Bombay plague: being a history of the progress of plague in the Bombay presidency from September 1896 to June 1899
Year: 1896
Disease focus: Plague
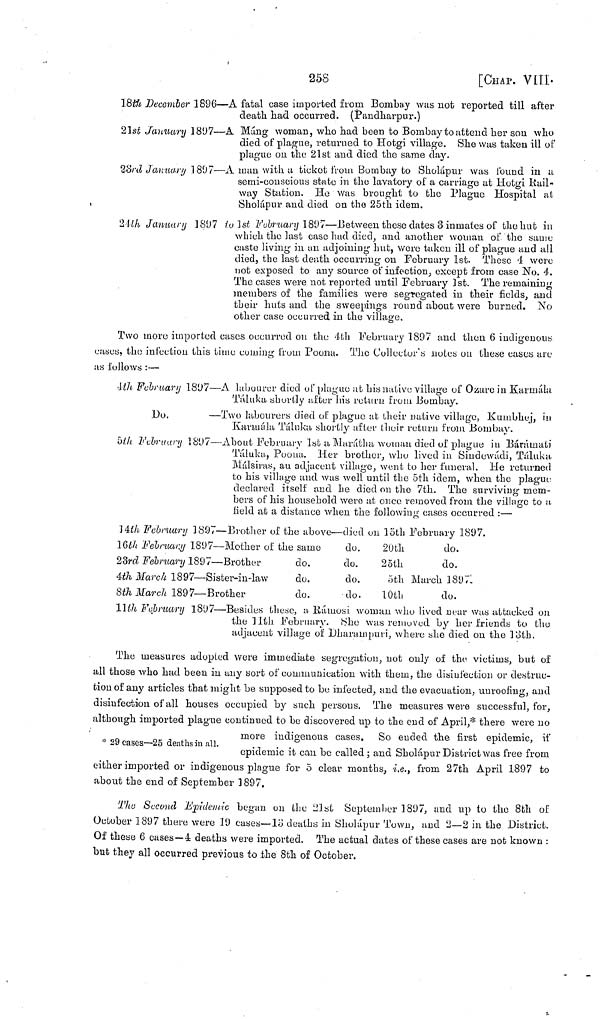
258
[CHAP. VIII·
18th December 1896—A fatal case imported from Bombay was not reported till after
death had occurred. (Pandharpur.)
21st January 1897—A Máng woman, who had been to Bombay to attend her son who
died of plague, returned to Hotgi village. She was taken ill of
plague on the 21st and died the same day.
23rd January 1897—A man. with a ticket from Bombay to Sholápur was found in a
semi-conscious state in the lavatory of a carriage at Hotgi Rail-
way Station. He was brought to the Plague Hospital at
Sholápur and died on the 25th idem.
24th January 1897 1st February 1807—Between these dates 3 inmates of the but in
which the last case had died, and another woman of the same
caste living in an adjoining hut, were taken ill of plague and all
died, the last death occurring on February 1st. These 4 were
not exposed to any source of infection, except from case No. 4.
The cases were not reported until February ]st. The remaining
members of the families were segregated in their fields, and
their huts and the sweepings round about were burned. No
other case occurred in the village.
Two more imported cases occurred 011 the 4th February 1897 and then 6 indigenous
cases, the infection this time coming from Poona. The Collector's notes on these cases are
us follows :—
4th February 1897—Λ labourer died of plague at his nativo village of Oztirc in Karmála
Táluka shortly after his return from Bombay.
Do.
—Two labourers died of plague at their native village, Kumbhej, in
Karmála Táluka shortly after their return from Bombay.
5th February 1897—About February 1st a Marátha woman died of plague in Bárámati
Táluka, Poona. Her brother, who lived in Sindowádi, Táluka
Málsiras, au adjacent village, wont to her funeral, lie returned
to his village and was well until the 5th idem, when the plague
declared itself and he died on the 7th. The surviving mem-
bers of his household were at once removed from the village to a
field at a distance when the following cases occurred :—
]4th February 1897—Brother of the above—died ou 15th February 1897.
16th February 1897—Mother of the same
do.
20th
do,
23rd February 1897— Brother
do.
do.
25th
do.
4th March 1897—Sister-in-law
do.
do.
5th March 18971
8th March 1897— Brother
do.
do.
10th
do.
11th February 1897—Besides these, a Rámosi woman who lived near was attacked on
the 11th February. She was removed by her friends to the
adjacent village of Dharampuri, where she died on the 13th.
The measures adopted were immediate segregation, not only of the victims, but of
all those who had been in any sort of communication with them, the disinfection or destruc-
tion of any articles that might be supposed to be infected, and the evacuation, unroofing, and
disinfection of all houses occupied by such persons. The measures were successful, for,
although imported plague continued to be discovered up to the end of April,* there were no
more indigenous cases. So ended the first epidemic, if
* 29 cases—25 deaths in all.
epidemic it can be called ; and Sholápur District was free from
either imported or indigenous plague for 5 clear months, i.e., from 27th April 1897 to
about the end of September 1897.
The Second Epidemic began on the 2'Jst September 1897, and up to the 8th of
October 1897 there were 19 cases—13 deaths in Sholápur Town, and 2—2 in the District.
Of these 6 cases —4 deaths were imported. The actual dates of these cases are not known :
but they all occurred previous to the 8th of October.